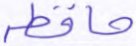
حافظة